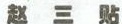
赵三贴